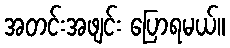
အတင်းအဖျင်း ပြောရမယ်။